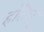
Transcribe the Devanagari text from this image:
हॉटेल्